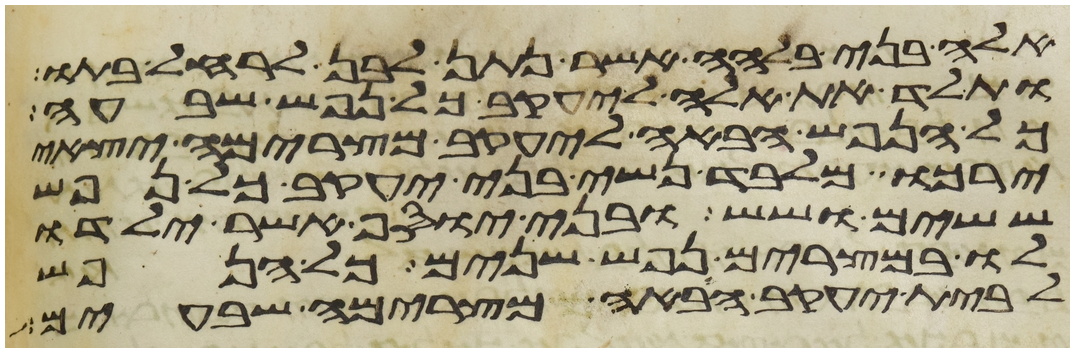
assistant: אלה בני בלהה אשר נתן לבן לרחל בתו
ותלד את אלה ליעקב כל נפש שבע
כל הנפש הבאה ליעקב מצרימה יצאי
ירכו מלבד נשי בני יעקב כל נפש
ששים ושש ובני יוסף אשר ילדו
לו במצרים נפש שנים כל הנפש
לבית יעקב הבאה מצרימה שבעים